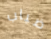
ضباب